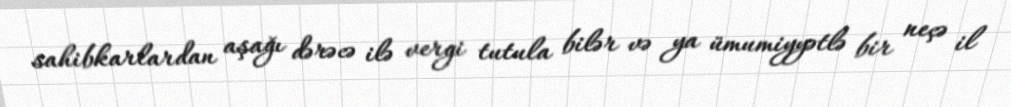
sahibkarlardan aşağı dərəcə ilə vergi tutula bilər və ya ümumiyyətlə bir neçə il